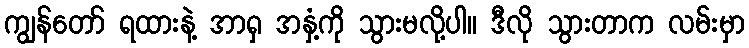
ကျွန်တော် ရထားနဲ့ အာရှ အနှံ့ကို သွားမလို့ပါ။ ဒီလို သွားတာက လမ်းမှာ